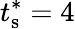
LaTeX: t_{\textrm{s}}^{*}=4